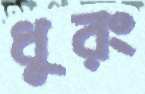
ধুরং